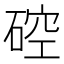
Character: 硿